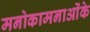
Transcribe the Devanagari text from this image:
मनोकामनाओंके